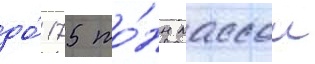
до́ 175 то́нн массои